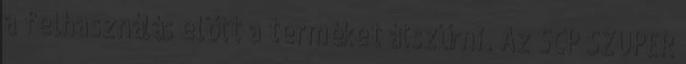
a felhasználás előtt a terméket átszűrni. Az SCP SZUPER